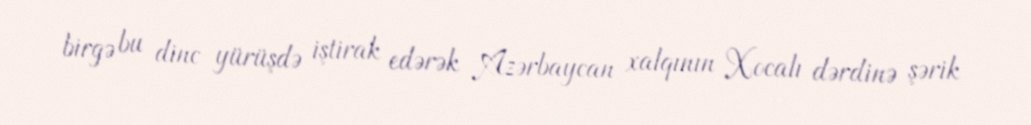
birgə bu dinc yürüşdə iştirak edərək Azərbaycan xalqının Xocalı dərdinə şərik